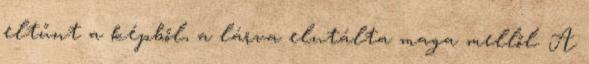
eltűnt a képből, a lárva elutálta maga mellől. A